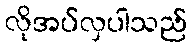
လိုအပ်လှပါသည်